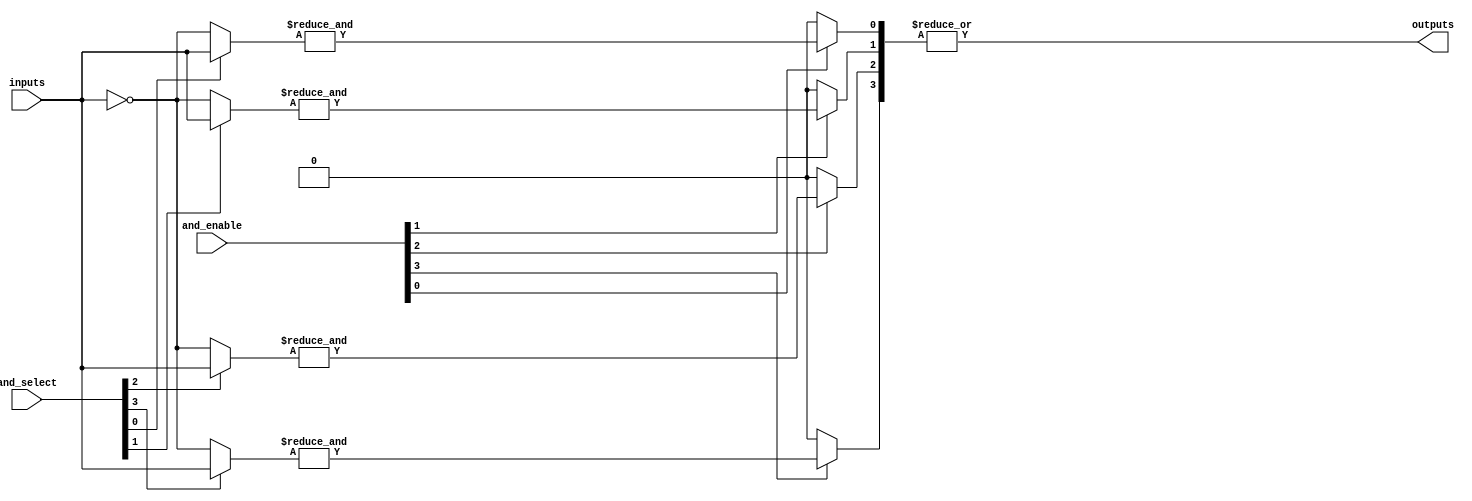
module GPAL #(
    parameter NUM_INPUTS = 8,      // Number of input signals
    parameter NUM_AND_GATES = 4,    // Number of AND gates
    parameter NUM_OR_GATES = 1       // Number of OR gates
)(
    input wire [NUM_INPUTS-1:0] inputs,       // Input signals
    input wire [NUM_AND_GATES-1:0] and_enable, // Control signals to enable AND gates
    input wire [NUM_INPUTS-1:0] and_select,    // Select lines for AND gate inputs
    output wire [NUM_OR_GATES-1:0] outputs      // Output signals
);

    // Intermediate signals for AND gate outputs
    wire [NUM_AND_GATES-1:0] and_outputs;

    // Generate AND gates
    genvar i;
    generate
        for (i = 0; i < NUM_AND_GATES; i = i + 1) begin : and_gate
            wire [NUM_INPUTS-1:0] and_inputs;
            assign and_inputs = (and_select[i] == 1'b1) ? inputs : ~inputs; // Select input or its complement
            assign and_outputs[i] = and_enable[i] ? &and_inputs : 1'b0; // AND operation with enable
        end
    endgenerate

    // Fixed OR gate to combine AND gate outputs
    assign outputs[0] = |and_outputs; // OR operation for all AND gate outputs

endmodule